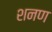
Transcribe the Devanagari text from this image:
शनण